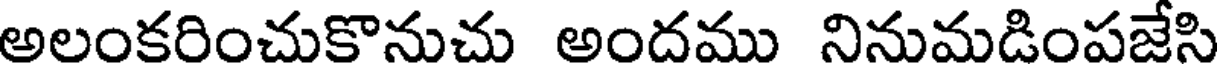
అలంకరించుకొనుచు అందము నినుమడింపజేసి